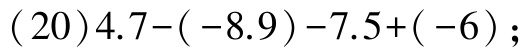
\((20)4.7-(-8.9)-7.5+(-6)\);